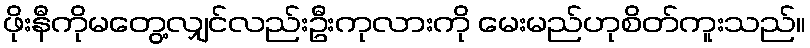
ဖိုးနီကိုမတွေ့လျှင်လည်းဦးကုလားကို မေးမည်ဟုစိတ်ကူးသည်။